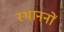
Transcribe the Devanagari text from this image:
स्थाननों